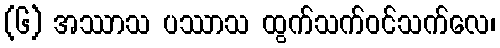
(၆) အဿာသ ပဿာသ ထွက်သက်ဝင်သက်လေ၊